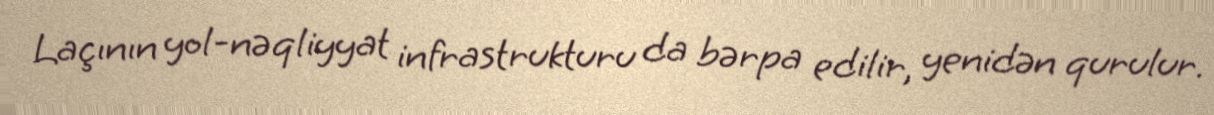
Laçının yol-nəqliyyat infrastrukturu da bərpa edilir, yenidən qurulur.